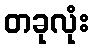
တခုလုံး